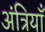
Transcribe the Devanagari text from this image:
अंत्रियाँ